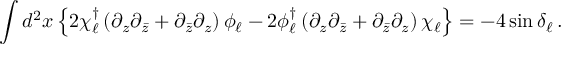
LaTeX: \int d ^ { 2 } x \left\{ 2 \chi _ { \ell } ^ { \dagger } \left( \partial _ { z } \partial _ { \bar { z } } + \partial _ { \bar { z } } \partial _ { z } \right) \phi _ { \ell } - 2 \phi _ { \ell } ^ { \dagger } \left( \partial _ { z } \partial _ { \bar { z } } + \partial _ { \bar { z } } \partial _ { z } \right) \chi _ { \ell } \right\} = - 4 \sin \delta _ { \ell } \, .